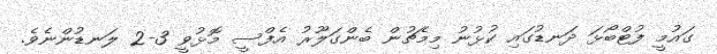
ގައުމީ ފުޓްބޯޅަ ދަނޑުގައި ކުޅުނު މިމެޗުން ބެންގަލޫރު އެފްސީ މޮޅުވީ 3-2 ލަނޑުންނެވެ.